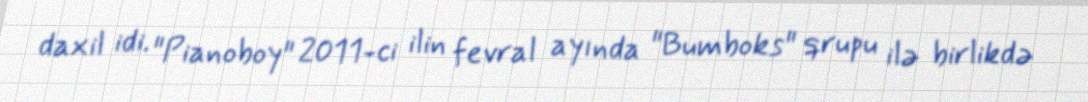
daxil idi. "Pianoboy" 2011-ci ilin fevral ayında "Bumboks" qrupu ilə birlikdə